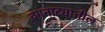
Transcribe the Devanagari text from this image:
वगनाट्यातील